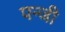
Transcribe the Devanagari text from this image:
पन्जी